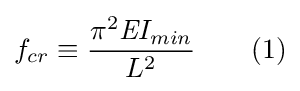
f_{cr}\equiv {\frac {\pi ^{2}{\textit {E}}I_{min}}{{L}^{2}}}\qquad (1)